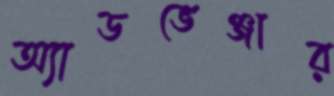
অ্যাডভেঞ্জার